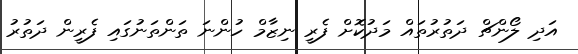
އަދި ލޯންޗް ދަތުރުތައް މަދުކޮށް ފެރީ ނިޒާމް ހުންނަ ތަންތަނުގައި ފެރީން ދަތުރު